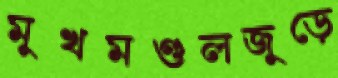
মুখমণ্ডলজুড়ে